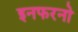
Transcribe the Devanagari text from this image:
इनफरनो